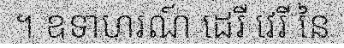
។ ឧទាហរណ៍ ដេរី វេរី នៃ